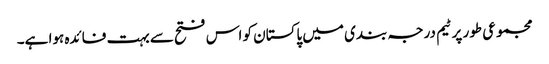
مجموعی طور پر ٹیم درجہ بندی میں پاکستان کو اس فتح سے بہت فائدہ ہوا ہے۔